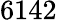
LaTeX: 6142